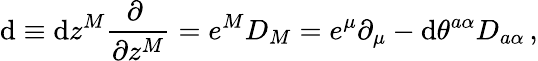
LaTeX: \mathrm{d}\equiv\mathrm{d}z^{M}\frac{\partial~}{\partial z^{M}}=e^{M}D_{M}=e^{\mu}\partial_{\mu}-\mathrm{d}\theta^{a\alpha}D_{a\alpha}\, ,